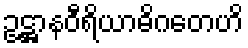
ဥဋ္ဌာနဝီရိယာဓိဂတေဟိ